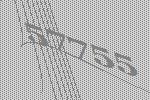
57755